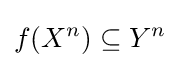
f(X^{n})\subseteq Y^{n}